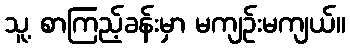
သူ့ စာကြည့်ခန်းမှာ မကျဉ်းမကျယ်။